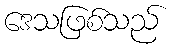
ဒေသဖြစ်သည်